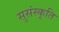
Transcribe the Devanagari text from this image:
सुसंस्कृति